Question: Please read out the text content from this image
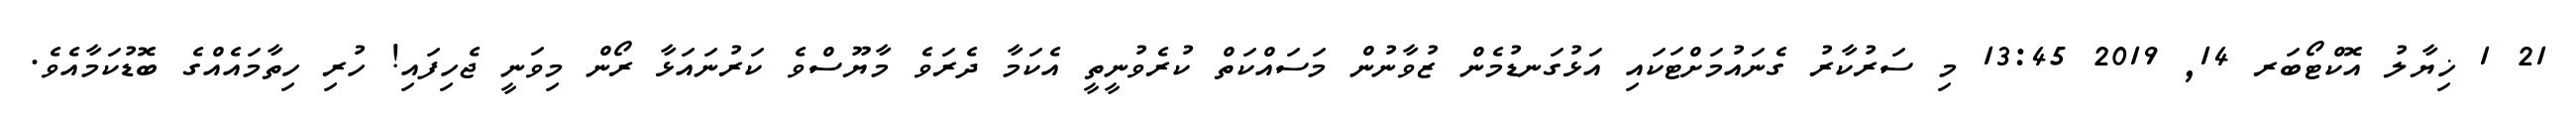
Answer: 21 1 ޚިޔާލު އޮކްޓޯބަރ 14, 2019 13:45 މި ސަރުކާރު ގެނައުމަށްޓަކައި އަޅުގަނޑުމެން ޒުވާނުން މަސައްކަތް ކުރެވުނީތީ އެކަމާ ދެރަވެ މާޔޫސްވެ ކަރުނައަޅާ ރޯން މިވަނީ ޖެހިފައި! ހުރި ހިތާމައެއްގެ ބޮޑުކަމާއެވެ.